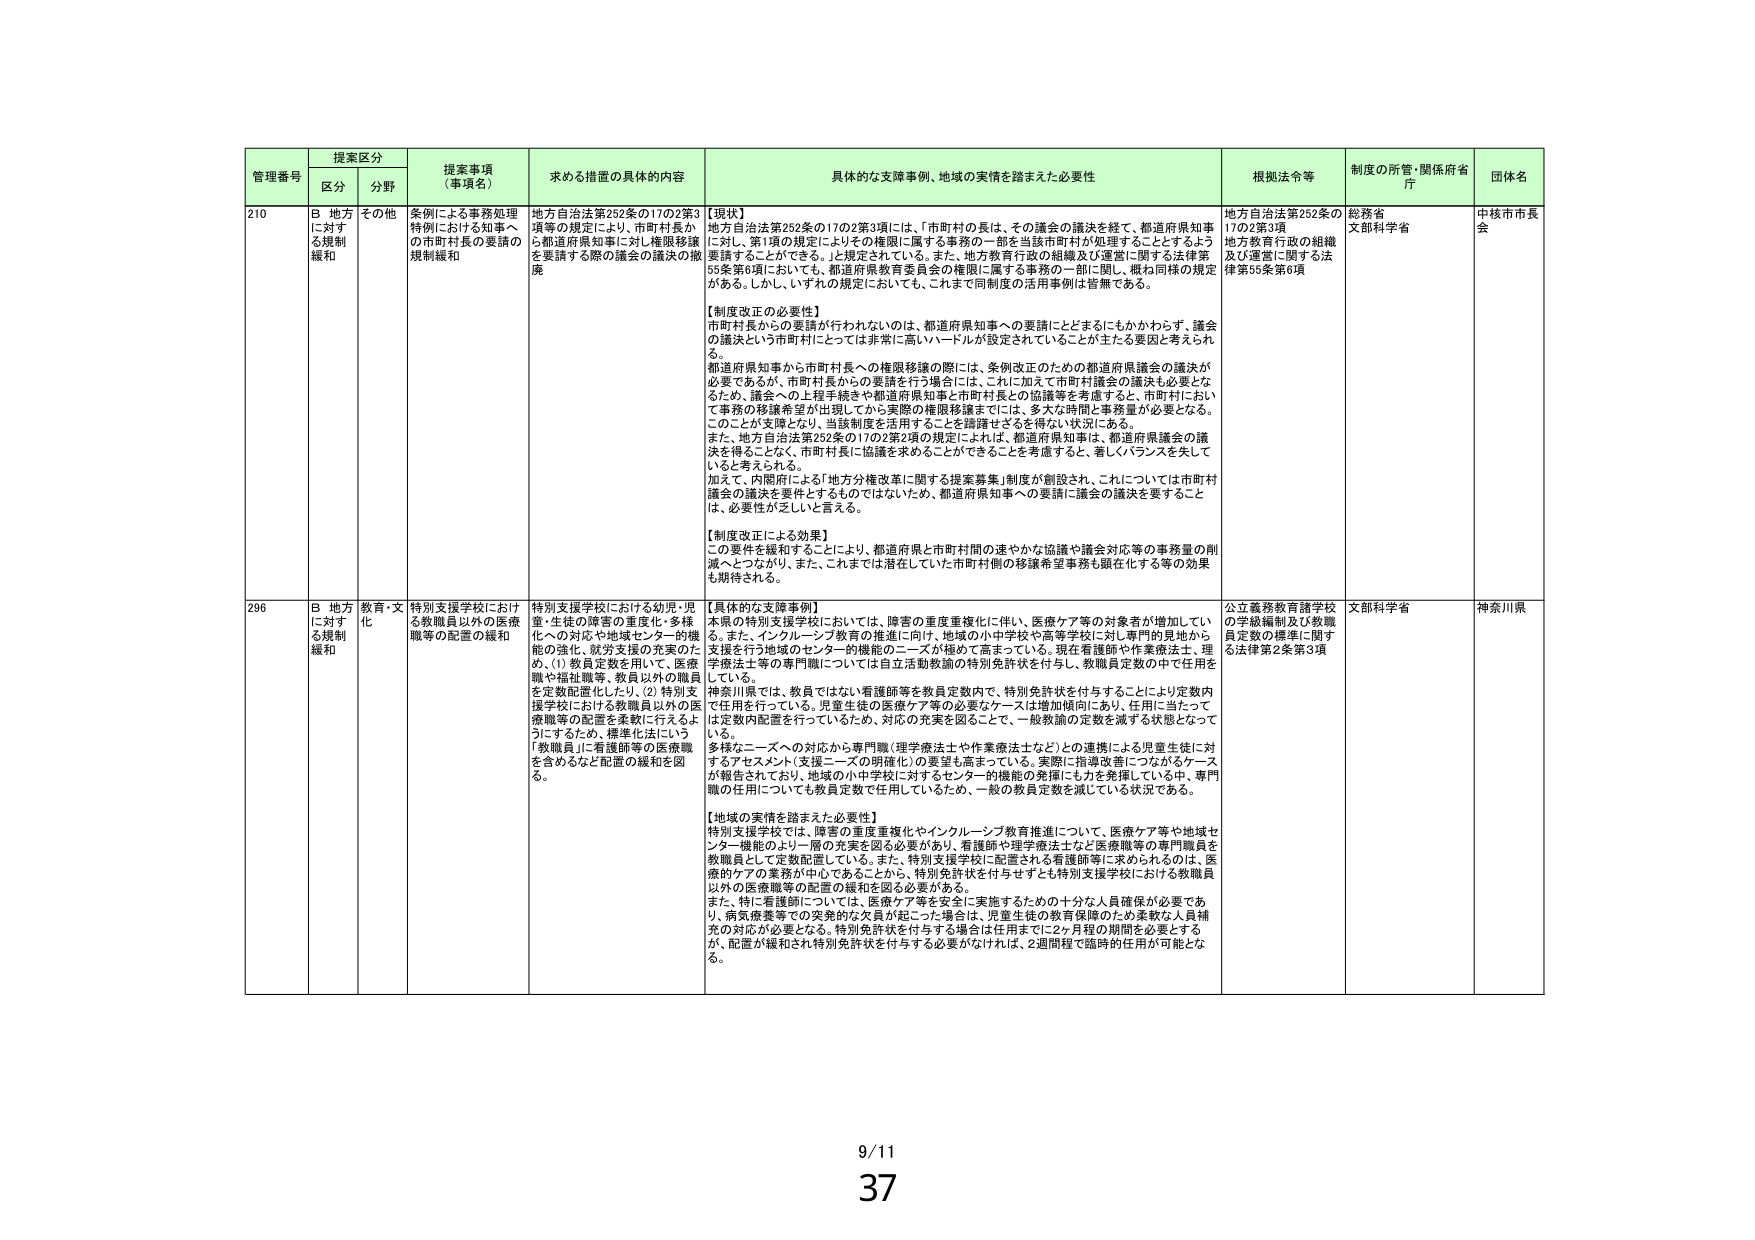
管理番号 提案区分 提案事項（事項名） 求める措置の具体的内容 具体的な支障事例、地域の実情を踏まえた必要性 根拠法令等 制度の所管・関係府省庁 団体名
区分 分野
210 B 地方に対する規制緩和 その他 条例による事務処理特例における知事への市町村長の要請の規制緩和 地方自治法第252条の17の2第3項等の規定により、市町村長から都道府県知事に対し権限移譲を要請する際の議会の議決の撤廃 【現状】地方自治法第252条の17の2第3項には、「市町村の長は、その議会の議決を経て、都道府県知事に対し、第1項の規定によりその権限に属する事務の一部を当該市町村が処理することとするよう要請することができる。」と規定されている。また、地方教育行政の組織及び運営に関する法律第55条第6項においても、都道府県教育委員会の権限に属する事務の一部に関し、概ね同様の規定がある。しかし、いずれの規定においても、これまで同制度の活用事例は皆無である。【制度改正の必要性】市町村長からの要請が行われないのは、都道府県知事への要請にとどまるにもかかわらず、議会の議決という市町村にとっては非常に高いハードルが設定されていることが主たる要因と考えられる。都道府県知事から市町村長への権限移譲の際には、条例改正のための都道府県議会の議決が必要であるが、市町村長からの要請を行う場合には、これに加えて市町村議会の議決も必要となるため、議会への上程手続きや都道府県知事と市町村長との協議等を考慮すると、市町村において事務の移譲希望が出現してから実際の権限移譲までには、多大な時間と事務量が必要となる。このことが支障となり、当該制度を活用することを躊躇せざるを得ない状況にある。また、地方自治法第252条の17の2第2項の規定によれば、都道府県知事は、都道府県議会の議決を得ることなく、市町村長に協議を求めることができる点を考慮すると、著しいバランスを失していると考えられる。加えて、内閣府による「地方分権改革に関する提案募集」制度が創設され、これについては市町村議会の議決を要件とするものではないため、都道府県知事への要請に議会の議決を要することは、必要性が乏しいと言える。【制度改正による効果】この要件を緩和することにより、都道府県と市町村間の速やかな協議や議会対応等の事務量の削減へとつながり、また、これまでは潜在していた市町村側の移譲希望事務も顕在化する等の効果も期待される。 地方自治法第252条の17の2第3項 地方教育行政の組織及び運営に関する法律第55条第6項 総務省 文部科学省 中核市市長会
296 B 地方に対する規制緩和 教育・文化 特別支援学校における教職員以外の医療職等の配置の緩和 特別支援学校における幼児・児童・生徒の障害の重度化・多様化への対応や地域センター的機能の強化、就労支援の充実のため、(1) 教員定数を用いて、医療職や福祉職等、教員以外の職員を定数配置化したり、(2) 特別支援学校における教職員以外の医療職等の配置を柔軟に行えるようにするため、標準化法にいう「教職員に看護師等の医療職を含めるなど配置の緩和を図る。 【具体的な支障事例】本県の特別支援学校においては、障害の重度重複化に伴い、医療ケア等の対象者が増加している。また、インクルーシブ教育の推進に向け、地域の小中学校や高等学校に対し専門的見地から支援を行う地域のセンター的機能のニーズが極めて高まっている。現在看護師や作業療法士、理学療法士等の専門職については自立活動教諭の特別免許状を付与し、教職員定数の中で任用をしている。神奈川県では、教員ではない看護師等を教員定数内で、特別免許状を付与することにより定数内で任用を行っている。児童生徒の医療ケア等の必要なケースは増加傾向にあり、任用に当たっては定数内配置を行っているため、対応の充実を図ることで、一般教諭の定数を減らす状態となっている。多様なニーズへの対応から専門職（理学療法士や作業療法士など）との連携による児童生徒に対するアセスメント（支援ニーズの明確化）の要望も高まっている。実際に指導改善につながるケースが報告されており、地域の小中学校に対するセンター的機能の発揮にも力を発揮している中、専門職の任用についても教員定数で任用しているため、一般の教員定数を減じている状況である。【地域の実情を踏まえた必要性】特別支援学校では、障害の重度重複化やインクルーシブ教育推進について、医療ケア等や地域センター機能のより一層の充実を図る必要があり、看護師や理学療法士など医療職等の専門職員を教職員として定数配置している。また、特別支援学校に配置される看護師等に求められるのは、医療的ケアの業務が中心であることから、特別免許状を付与せずとも特別支援学校における教職員以外の医療職等の配置の緩和を図る必要がある。また、特に看護師については、医療ケア等を安全に実施するための十分な人員確保が必要であり、病気療養等での突発的な欠員が起こった場合は、児童生徒の教育保障のため柔軟な人員補充の対応が必要となる。特別免許状を付与する場合は任用までに2ヶ月程の期間を必要とするが、配置が緩和され特別免許状を付与する必要がなければ、2週間程で臨時の任用が可能となる。 公立義務教育諸学校の学級編制及び教職員定数の標準に関する法律第2条第3項 文部科学省 神奈川県
9/11
37